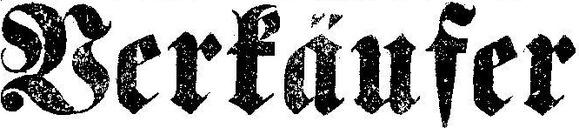
Verkäufer